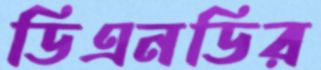
ডিএনডির